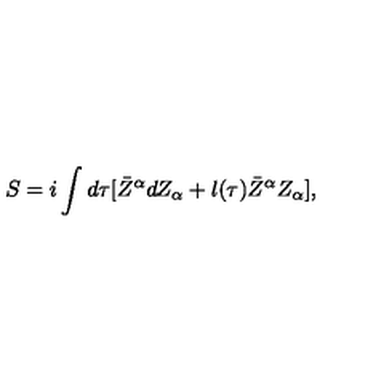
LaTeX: S = i \int d \tau [ \bar { Z } ^ { \alpha } d Z _ { \alpha } + l ( \tau ) \bar { Z } ^ { \alpha } Z _ { \alpha } ] ,